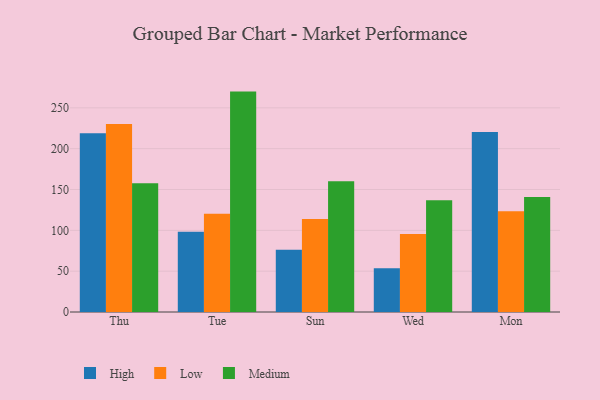
{"axis": {"x": "Day", "y": "Population (Million)"}, "legend": ["High", "Low", "Medium"], "data": [{"x": "Thu", "y": 219.0, "type": "High"}, {"x": "Thu", "y": 230.2, "type": "Low"}, {"x": "Thu", "y": 157.7, "type": "Medium"}, {"x": "Tue", "y": 98.3, "type": "High"}, {"x": "Tue", "y": 120.4, "type": "Low"}, {"x": "Tue", "y": 269.9, "type": "Medium"}, {"x": "Sun", "y": 76.3, "type": "High"}, {"x": "Sun", "y": 114.0, "type": "Low"}, {"x": "Sun", "y": 160.0, "type": "Medium"}, {"x": "Wed", "y": 53.6, "type": "High"}, {"x": "Wed", "y": 95.6, "type": "Low"}, {"x": "Wed", "y": 136.9, "type": "Medium"}, {"x": "Mon", "y": 220.4, "type": "High"}, {"x": "Mon", "y": 123.5, "type": "Low"}, {"x": "Mon", "y": 140.9, "type": "Medium"}]}